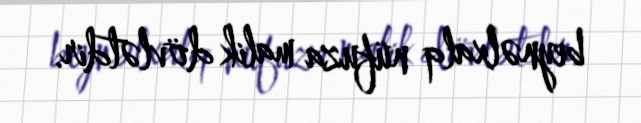
beynəlxalq nüfuza malik dövlətdir.